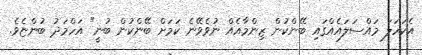
އެކަހަލަ މައްސަލައެއްގައި ބޭންކުން ޒިންމާއެއް ނުވެވޭނެ ކަމަށް ބޭންކުން ބުނީ" އަހްމަދު ބުންޏެވެ.